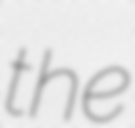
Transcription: the